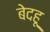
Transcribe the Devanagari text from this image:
बेदहू